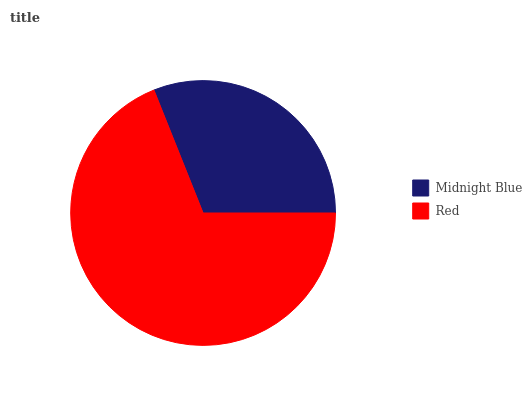
| Midnight Blue | Red |
 | --- | --- |
 | 31.1% | 68.9% |